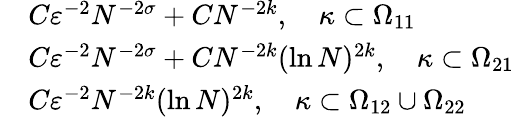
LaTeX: \begin{array}{rl}&{C\varepsilon^{-2}N^{-2\sigma}+CN^{-2k},\quad\kappa\subset\Omega_{11}}\\ &{C\varepsilon^{-2}N^{-2\sigma}+CN^{-2k}(\ln N)^{2k},\quad\kappa\subset\Omega_{21}}\\ &{C\varepsilon^{-2}N^{-2k}(\ln N)^{2k},\quad\kappa\subset\Omega_{12}\cup\Omega_{22}}\end{array}